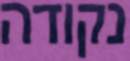
נקודה